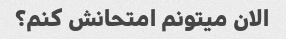
الان میتونم امتحانش کنم؟